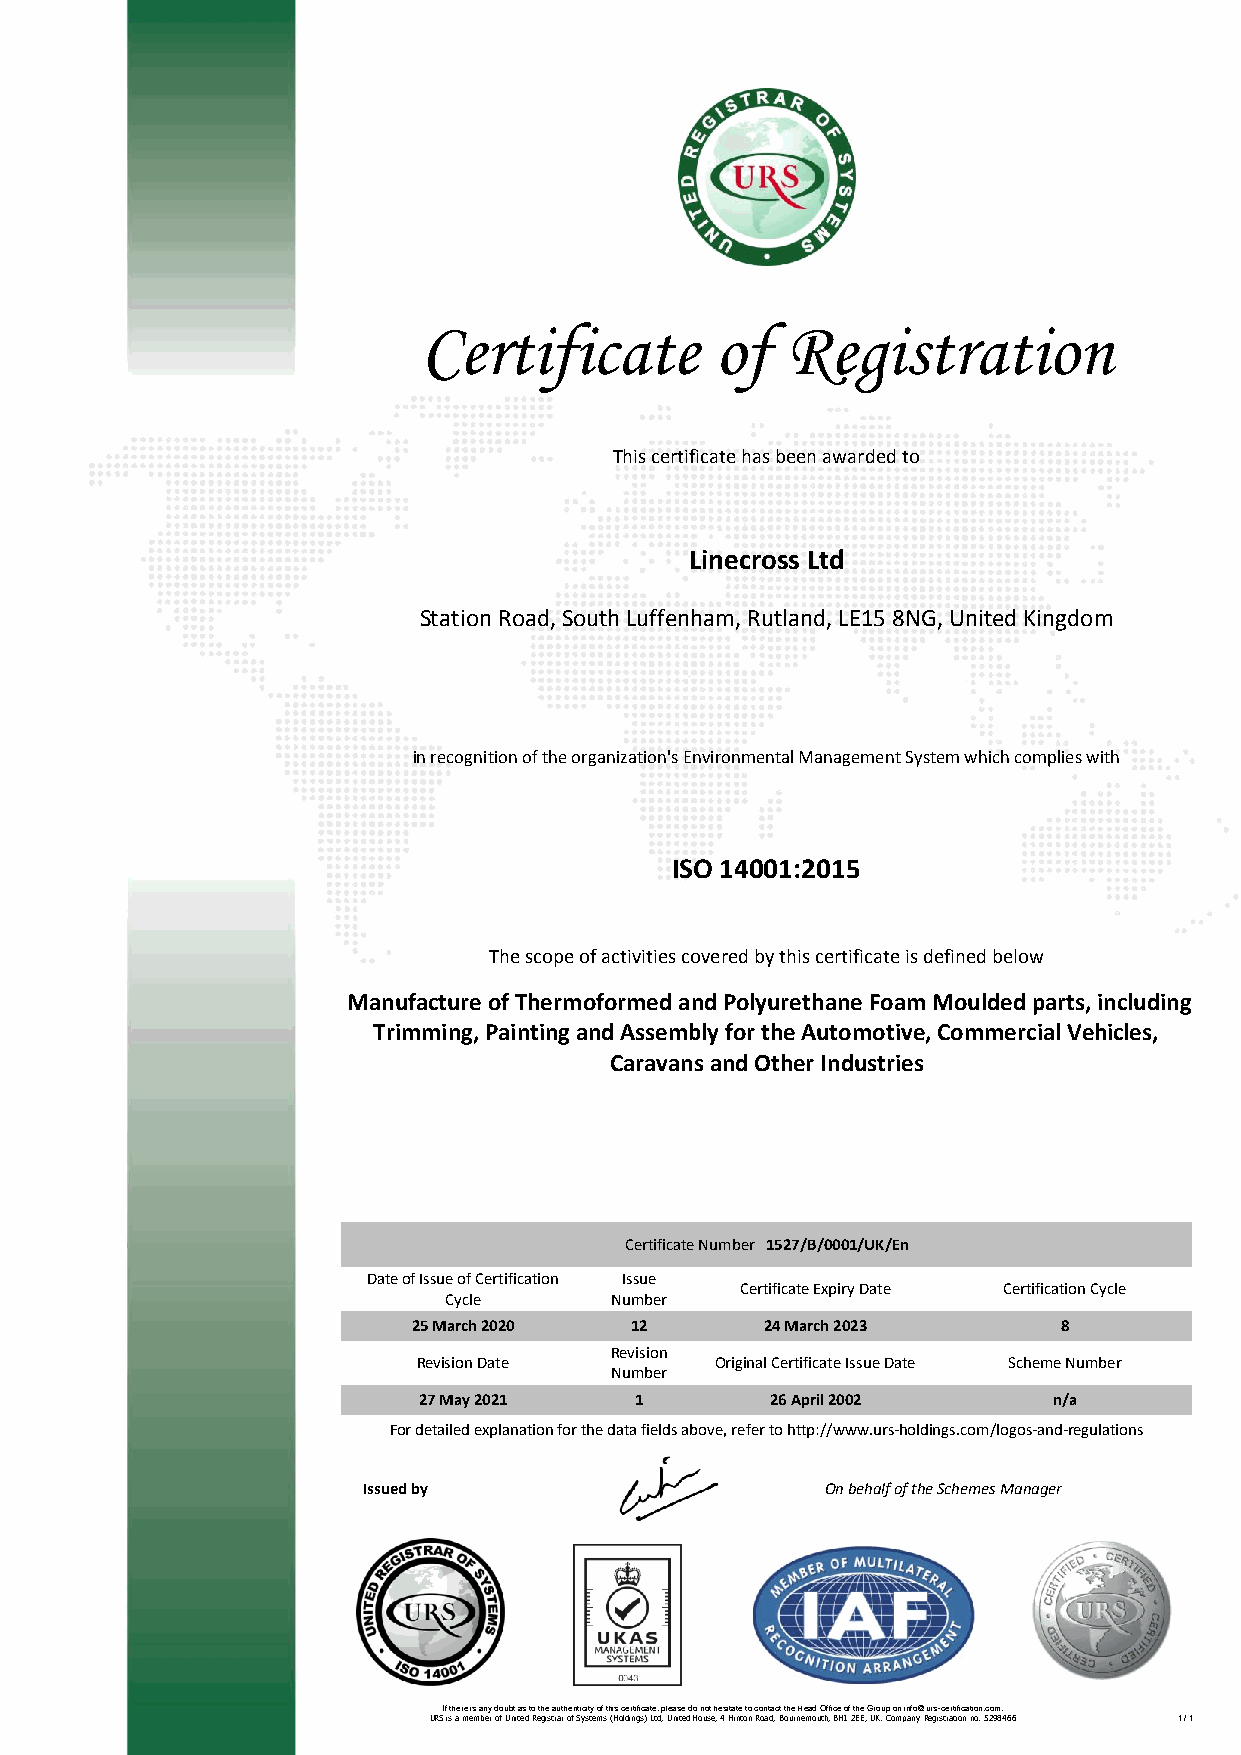
Certificate        of   Registration
 This certificate has been awarded to
 Linecross Ltd
 Station Road, South Luffenham, Rutland, LE15 8NG, United Kingdom
 in recognition of the organization's Environmental Management System which complies with
 ISO 14001:2015
 The scope of activities covered by this certificate is defined below
 Manufacture of Thermoformed and Polyurethane Foam Moulded parts, including
 Trimming, Painting and Assembly for the Automotive, Commercial Vehicles,
 Caravans and Other Industries
 Certificate Number 1527/B/0001/UK/En
 Date of Issue of Certification Issue
 Certificate Expiry Date Certification Cycle
 Cycle      Number
 25 March 2020  12       24 March 2023      8
 Revision
 Revision Date      Original Certificate Issue Date Scheme Number
 Number
 27 May 2021   1        26 April 2002      n/a
 For detailed explanation for the data fields above, refer to http://www.urs-holdings.com/logos-and-regulations
 Issued by                      On behalf of the Schemes Manager
 If there is any doubt as to the authenticity of this certificate, please do not hesitate to contact the Head Office of the Group on info@urs-certification.com.
 URS is a member of United Registrar of Systems (Holdings) Ltd, United House, 4 Hinton Road, Bournemouth, BH1 2EE, UK. Company Registration no. 5298466 1 / 1